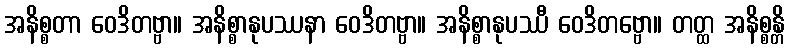
အနိစ္စတာ ဝေဒိတဗ္ဗာ။ အနိစ္စာနုပဿနာ ဝေဒိတဗ္ဗာ။ အနိစ္စာနုပဿီ ဝေဒိတဗ္ဗော။ တတ္ထ အနိစ္စန္တိ